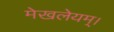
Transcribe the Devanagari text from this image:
मेखलेयम्।